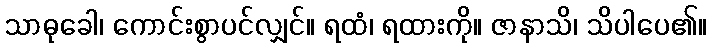
သာဓုခေါ၊ ကောင်းစွာပင်လျှင်။ ရထံ၊ ရထားကို။ ဇာနာသိ၊ သိပါပေ၏။